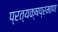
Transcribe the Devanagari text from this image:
प्रत्यक्षप्रमाण